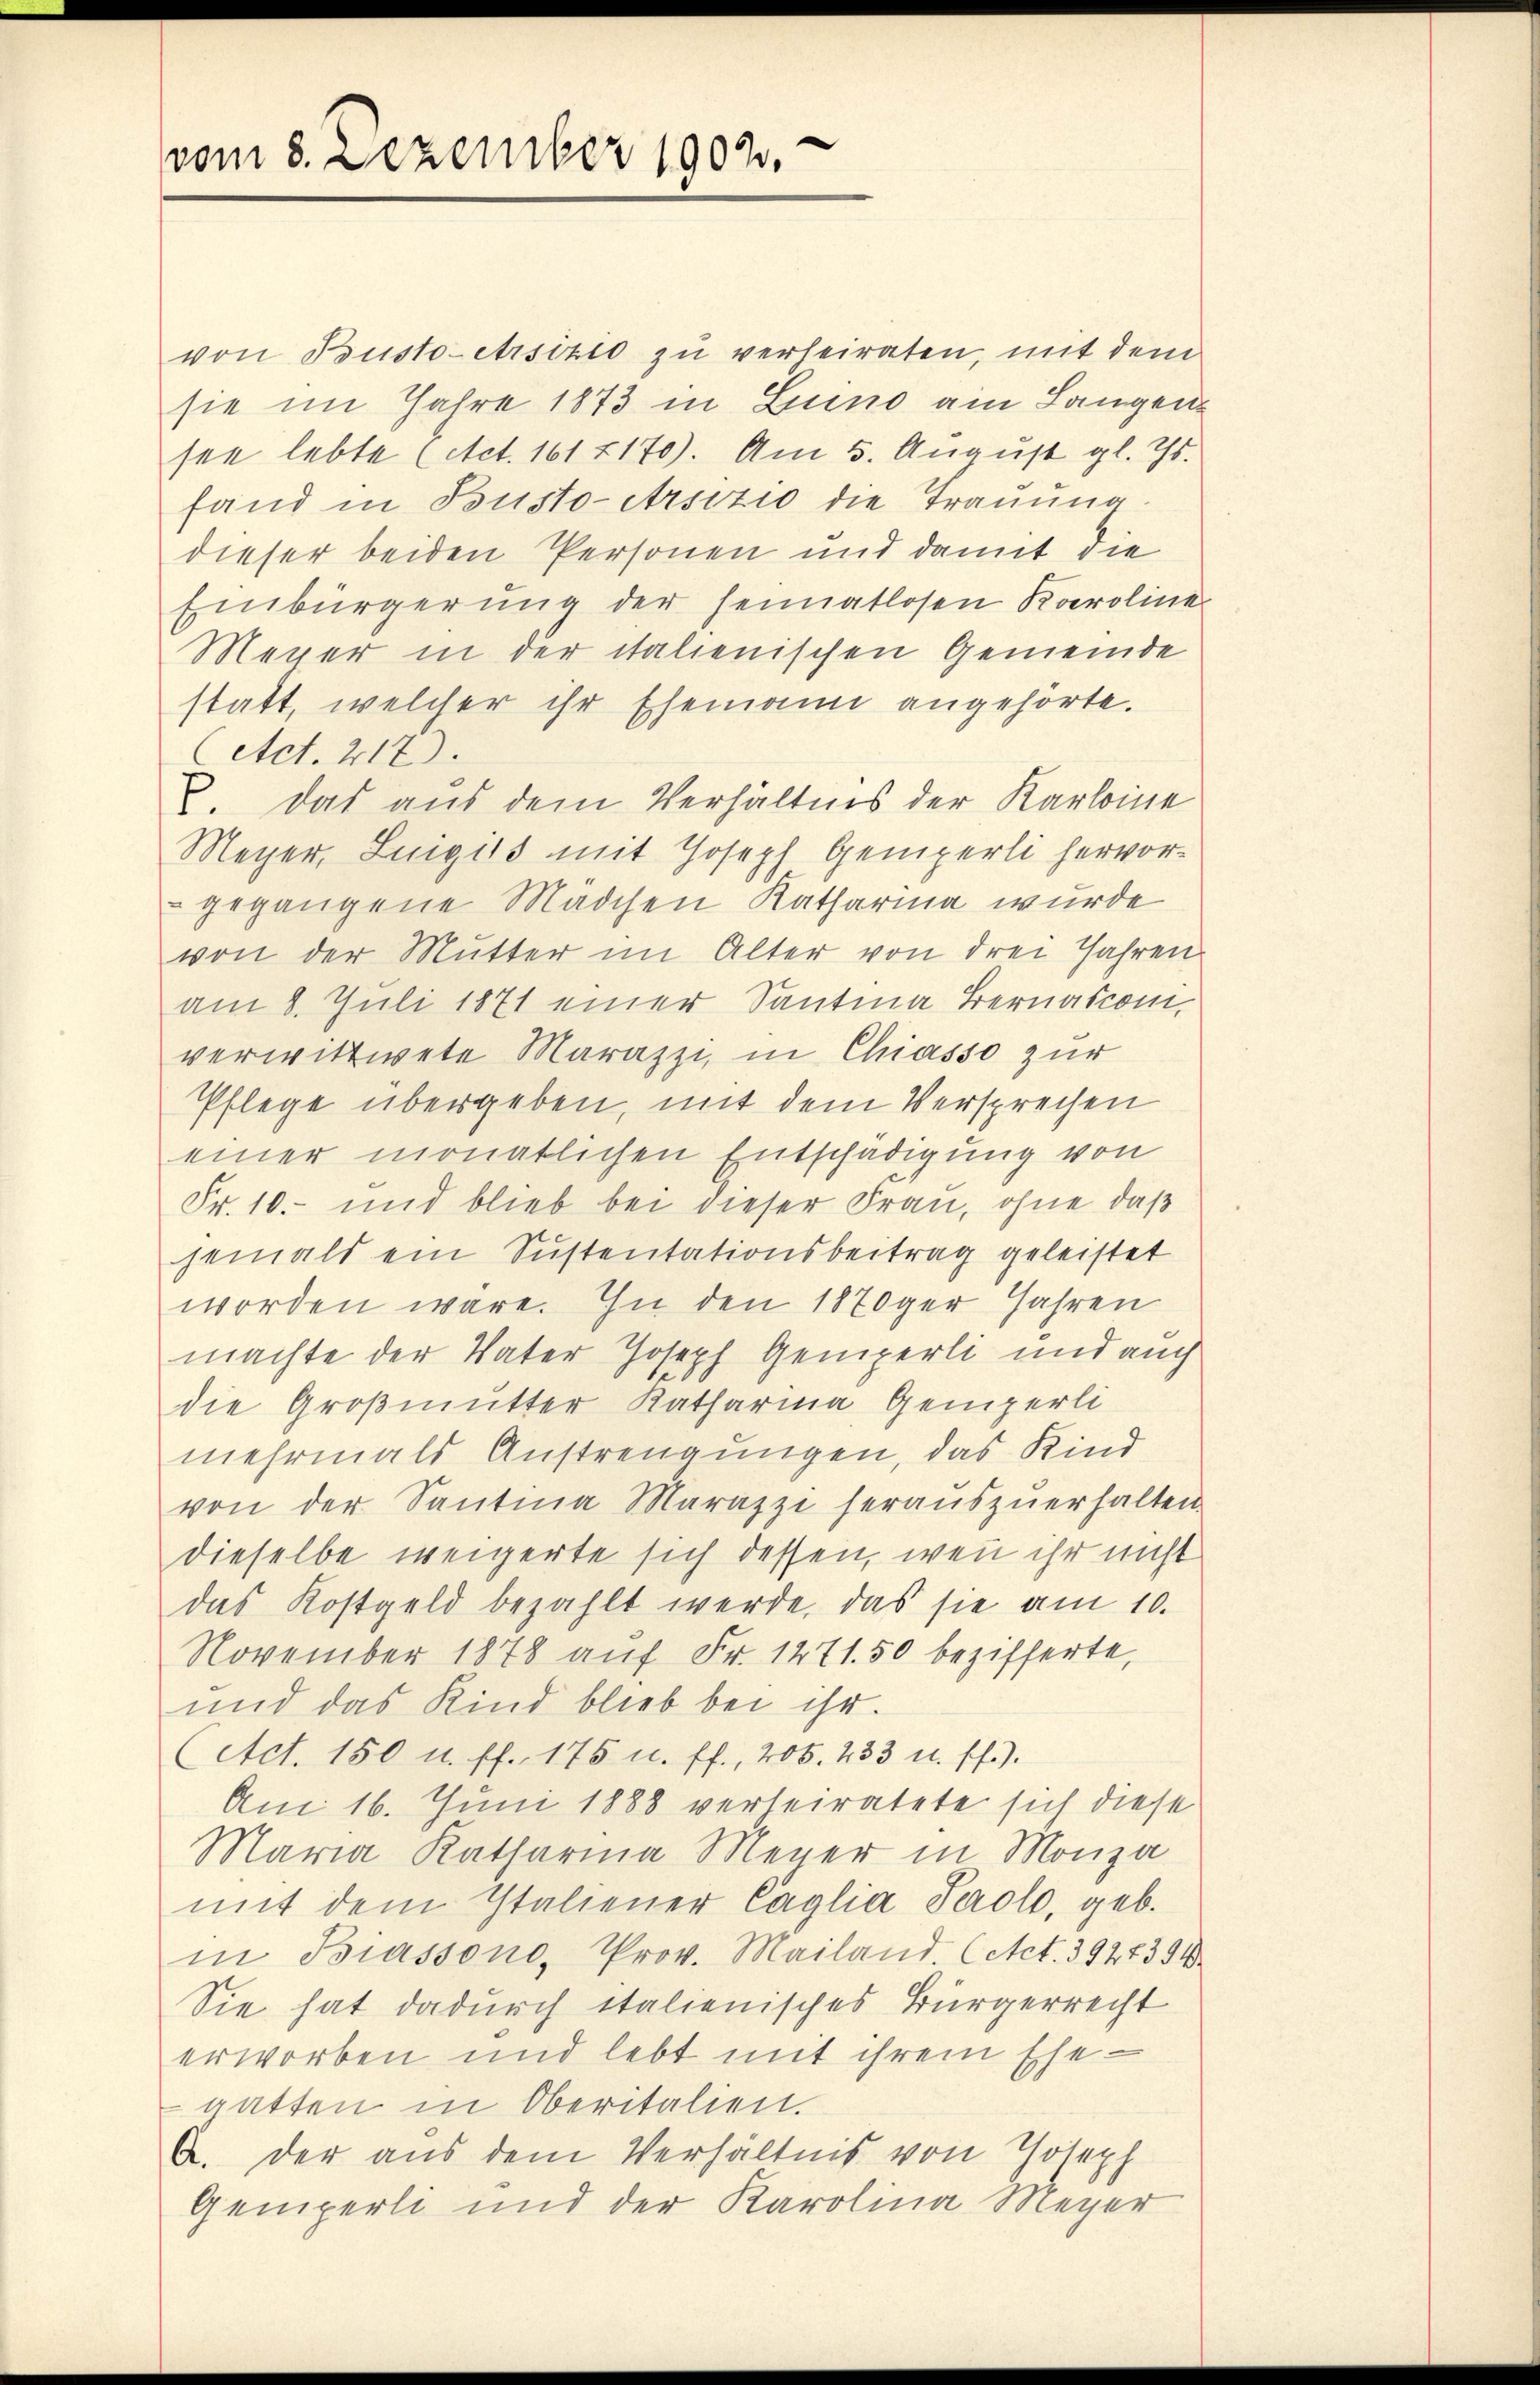
vom 8. Dezember 1902.

von Bousto-etrsizio zu verheiraten, mit dem
sie im Jahre 1873 in Luno am Langen
see lebte (Act. 161 f 170). Am 5. August gl. Js.
fand in Busto-Arsizio die Trauung
dieser beiden Personen und damit die
Einbürgerung der Heimatlosen Karoline
Meyer in der italienischen Gemeinde
statt, welcher ihr Ehemann angehörte.
Act. 217).
. Das aus dem Verhältnis der Karloine
Meyer, Luigils mit Joseph Gemperli hervorgegangene Mädchen Katharina wurde
von der Mutter im Alter von drei Jahren
am 8. Juli 1871 einer Santina Bernasconi,
verwittwete Marazzi, in Chiasso zur
Pflege übergeben, mit dem Versprechen
einer monatlichen Entschädigung von
Fr. 10.- und blieb bei dieser Frau, ohne daß
jemals ein Sustentationsbeitrag geleistet
worden wäre. In den 1870ger Jahren
machte der Vater Joseph Gemperli und auch
die Großmutter Katharina, Gemperli
mehrmals Anstrengungen, das Kind
von der Santina Marazzi heraŭszŭerhalten
dieselbe weigerte sich dessen, wenn ihr nicht
das Kostgeld bezahlt werde, das sie am 10.
November 1878 auf Fr. 1271. 50 bezifferte,
und das Kind blieb bei ihr.
(Act. 150 u. ff. 175 u. ff., 206. 433 u. ff.).
Am 16. Juni 1888 verheiratete sich diese
Maria Katharina Meyer in Monza
mit dem Italiener Caglia Perolo, geb.
in Biassono, Prov. Mailand. Act. 3927394
Sie hat dadurch italienisches Bürgerrecht
erworben und lebt mit ihrem Ehe-
gatten in Oberitalien.
A. der aus dem Verhältnis von Joseph
Gemperli und der Karolina Meyer